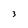
Character: 3